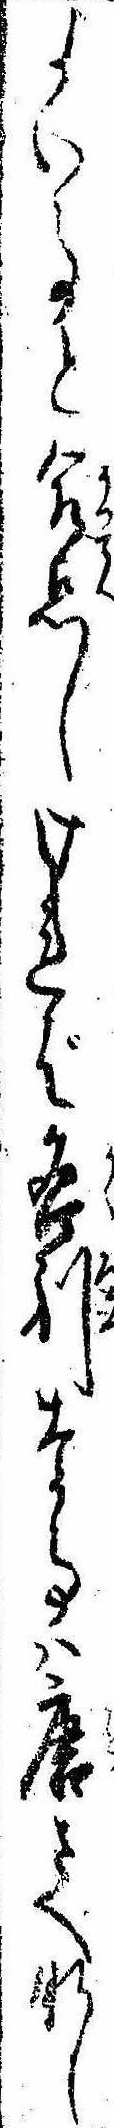
よい事と合点しければ各別な事は唐さへなし